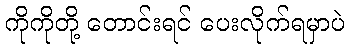
ကိုကိုတို့ တောင်းရင် ပေးလိုက်ရမှာပဲ